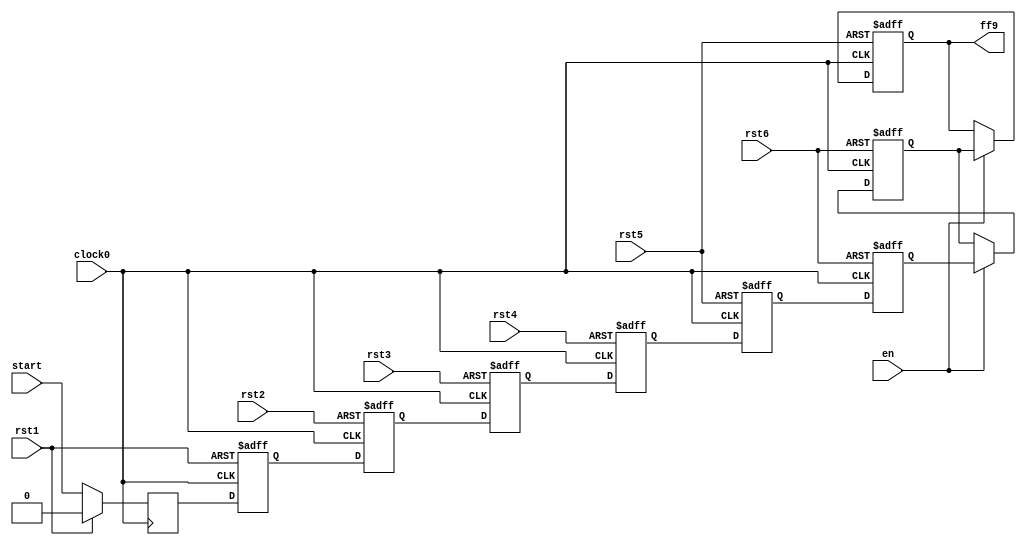
module hop8_L1(
   	
		input	clock0,
		input	rst1,
		input 	rst2,
		input 	rst3,
		input 	rst4,
		input 	rst5,
		input 	rst6,
		input 	en,
		input 	start,
		output 	ff9
		
		);

		reg ff1,ff2,ff3,ff4,ff5,ff6,ff7,ff8,ff9;

  	always @( posedge clock0)
   	begin
   		if( rst1 )
       			ff1 <= 0;
		else
			ff1<= start;
	end


	always @(posedge clock0, posedge rst1)
	begin
    		if( rst1 )
       			ff2 <= 0;      
    		else 
			ff2<= ff1;

	end



  	always @( posedge clock0, posedge rst2)
   	begin
   		if( rst2 )
       			ff3 <= 0;
		else
			ff3<= ff2;
	end

  	always @( posedge clock0, posedge rst3)
   	begin
   		if( rst3)
       			ff4 <= 0;
		else
			ff4<= ff3;
	end

  	always @( posedge clock0, posedge rst4)
   	begin
   		if( rst4)
       			ff5 <= 0;
		else
			ff5<= ff4;
	end

  	always @( posedge clock0, posedge rst5)
   	begin
   		if( rst5)
       			ff6 <= 0;
		else
			ff6<= ff5;
	end

  	always @( posedge clock0, posedge rst6)
   	begin
   		if( rst6)
       			ff7 <= 0;
		else
			ff7<= ff6;
	end

  	always @( posedge clock0, posedge rst6)
   	begin
   		if( rst6)
       			ff8 <= 0;
		else
		begin
			if(en)
			ff8<= ff7;
			else
			ff8<= ff8;
		end
	end

  	always @( posedge clock0, posedge rst5)
   	begin
   		if( rst5)
       			ff9 <= 0;
		else
		begin
			if(en)
			ff9<= ff8;
			else
			ff9<= ff9;
		end
	end


endmodule